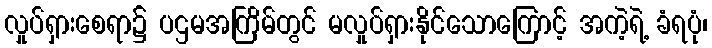
လှုပ်ရှားစေရာ၌ ပဌမအကြိမ်တွင် မလှုပ်ရှားနိုင်သောကြောင့် အကဲ့ရဲ့ ခံရပုံ၊